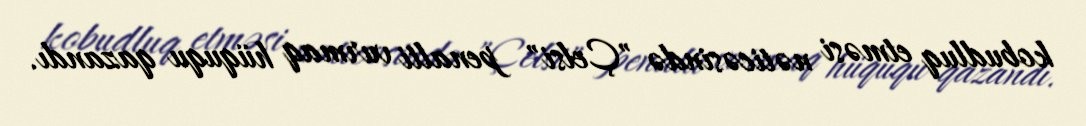
kobudluq etməsi nəticəsində "Çelsi" penalti vurmaq hüququ qazandı.